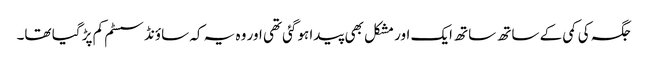
جگہ کی کمی کے ساتھ ساتھ ایک اور مشکل بھی پیدا ہوگئی تھی اور وہ یہ کہ ساؤنڈ سسٹم کم پڑ گیا تھا۔